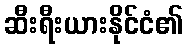
ဆီးရီးယားနိုင်ငံ၏